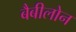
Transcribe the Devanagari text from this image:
बैबीलोन